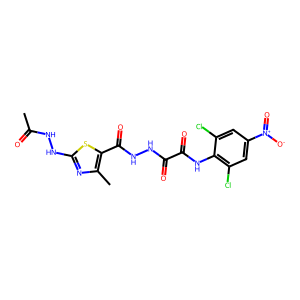
SMILES: CC(=O)NNc1nc(C)c(C(=O)NNC(=O)C(=O)Nc2c(Cl)cc([N+](=O)[O-])cc2Cl)s1
Inhibits HIV replication: No